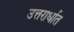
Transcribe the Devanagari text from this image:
उत्तरार्धात